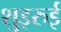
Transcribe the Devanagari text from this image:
शुइरुई